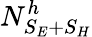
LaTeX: N_{S_{E}+S_{H}}^{h}